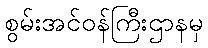
စွမ်းအင်ဝန်ကြီးဌာနမှ